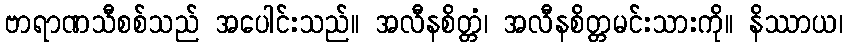
ဗာရာဏသီစစ်သည် အပေါင်းသည်။ အလီနစိတ္တံ၊ အလီနစိတ္တမင်းသားကို။ နိဿာယ၊